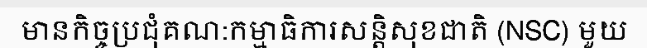
មានកិច្ចប្រជុំគណ:កម្មាធិការសន្តិសុខជាតិ (NSC) មួយ